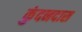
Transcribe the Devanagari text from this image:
कुंदनदास